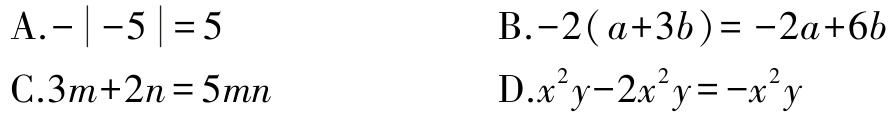
A.$-\vert -5\vert = 5$

B.$-2(a + 3b)=-2a + 6b$

C.$3m + 2n = 5mn$

D.$x^{2}y-2x^{2}y=-x^{2}y$